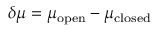
\delta \mu = \mu _ { \mathrm { o p e n } } - \mu _ { \mathrm { c l o s e d } }